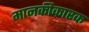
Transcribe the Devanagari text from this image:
मानकीकारक